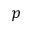
p